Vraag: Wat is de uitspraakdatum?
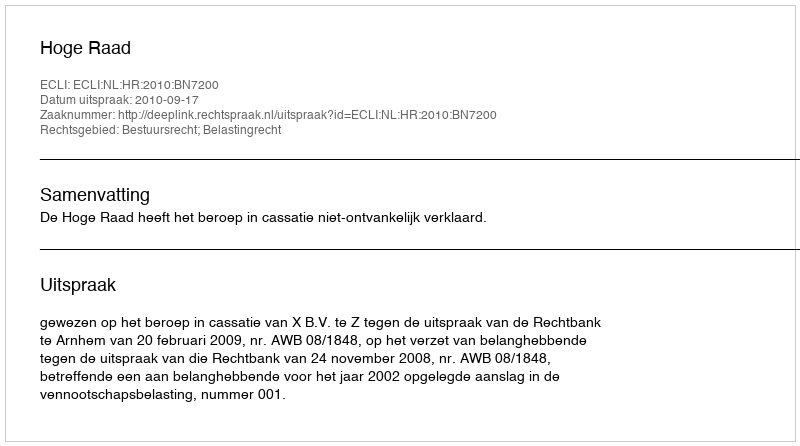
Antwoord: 2010-09-17